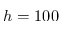
h = 1 0 0